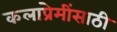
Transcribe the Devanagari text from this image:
कलाप्रेमींसाठी